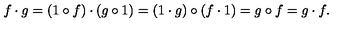
f \cdot g = ( 1 \circ f ) \cdot ( g \circ 1 ) = ( 1 \cdot g ) \circ ( f \cdot 1 ) = g \circ f = g \cdot f .